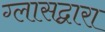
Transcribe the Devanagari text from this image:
ग्लासद्वारा